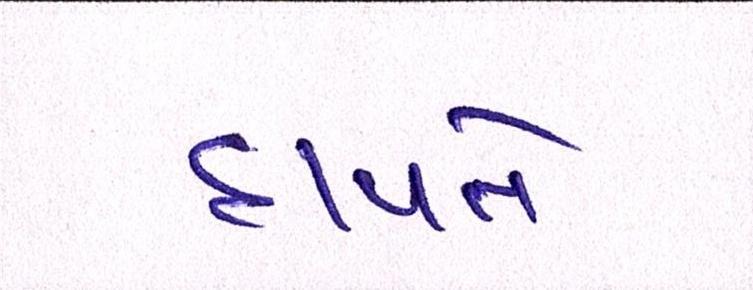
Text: દાવતે